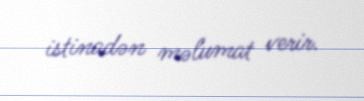
istinadən məlumat verir.